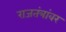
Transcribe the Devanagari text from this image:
राजतंत्रांवर